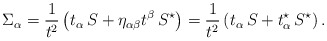
\begin{align*}\Sigma_{\alpha}= {1\over t^2}\left(t_{\alpha}\,S + \eta_{\alpha\beta}t^\beta\,S^\star\right)={1\over t^2}\left(t_{\alpha}\,S + t^\star_\alpha\,S^\star\right).\end{align*}